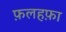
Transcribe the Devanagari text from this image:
फ़लहफ़ा